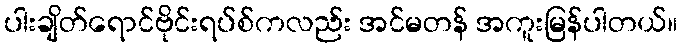
ပါးချိတ်ရောင်ဗိုင်းရပ်စ်ကလည်း အင်မတန် အကူးမြန်ပါတယ်။